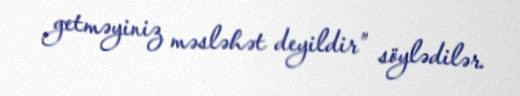
getməyiniz məsləhət deyildir” söylədilər.